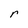
Character: r